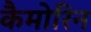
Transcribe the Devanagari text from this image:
कैमोरिन